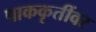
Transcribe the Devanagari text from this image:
पाककृतींवर